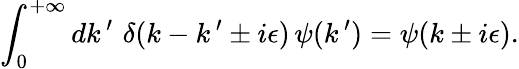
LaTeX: \int_{0}^{+\infty}dk\, ^{\prime}\, \, \delta(k-k\, ^{\prime}\pm i\epsilon)\, \psi(k\, ^{\prime})=\psi(k\pm i\epsilon).